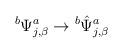
LaTeX: \begin{align*}{}^b\Psi^a_{j,\beta}\rightarrow {}^b{\hat\Psi}^a_{j,\beta}\end{align*}